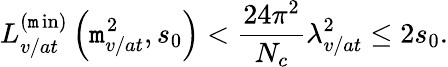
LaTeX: L_{v/at}^{\left(\operatorname*{\mathtt{m}in}\right)}\left(\mathtt{m}_{v/at}^{2},s_{0}\right)<\frac{{24\pi^{2}}}{{N_{c}}}\lambda_{v/at}^{2}\leq2s_{0}.